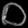
Digit: ၀